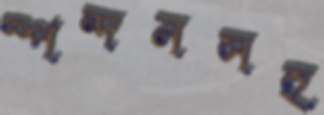
স্পন্দনসহ